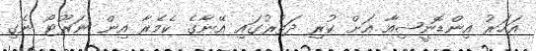
އަހަރު އިންޑޮނީޝިއާ އަށް ކުރި ދަތުރުގައި އޭނާގެ ކެމެރާ އިން ނަރޫޓޯ ނެގި